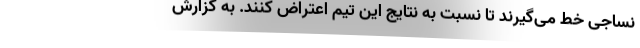
نساجی خط می‌گیرند تا نسبت به نتایج این تیم اعتراض کنند. به گزارش